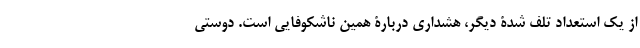
از یک استعداد تلف شدۀ دیگر، هشداری دربارۀ همین ناشکوفایی است. دوستی